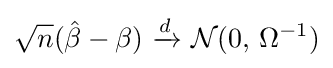
{\sqrt {n}}({\hat {\beta }}-\beta )\ {\xrightarrow {d}}\ {\mathcal {N}}(0,\,\Omega ^{-1})